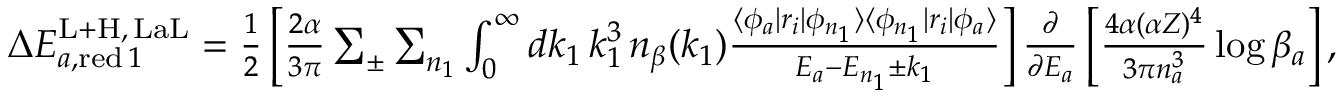
\begin{array} { r } { \Delta E _ { a , \mathrm { r e d } \, 1 } ^ { \mathrm { L + H } , \, \mathrm { L a L } } = \frac { 1 } { 2 } \left[ \frac { 2 \alpha } { 3 \pi } \sum _ { \pm } \sum _ { n _ { 1 } } \int _ { 0 } ^ { \infty } d k _ { 1 } \, k _ { 1 } ^ { 3 } \, n _ { \beta } ( k _ { 1 } ) \frac { \langle \phi _ { a } | r _ { i } | \phi _ { n _ { 1 } } \rangle \langle \phi _ { n _ { 1 } } | r _ { i } | \phi _ { a } \rangle } { E _ { a } - E _ { n _ { 1 } } \pm k _ { 1 } } \right] \frac { \partial } { \partial E _ { a } } \left[ \frac { 4 \alpha ( \alpha Z ) ^ { 4 } } { 3 \pi n _ { a } ^ { 3 } } \log \beta _ { a } \right] , } \end{array}